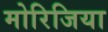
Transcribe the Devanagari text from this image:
मोरिजिया